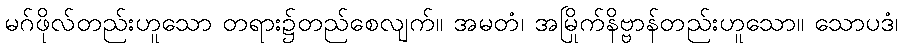
မဂ်ဖိုလ်တည်းဟူသော တရား၌တည်စေလျက်။ အမတံ၊ အမြိုက်နိဗ္ဗာန်တည်းဟူသော။ သောပဒံ၊